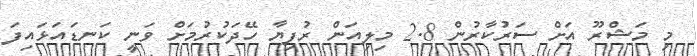
މި މަޝްރޫ އަށް ސަރުކާރުން 2.8 މިލިއަން ރުފިޔާ ހޭދަކުރުމަށް ވަނީ ކަނޑައަޅައިފަ